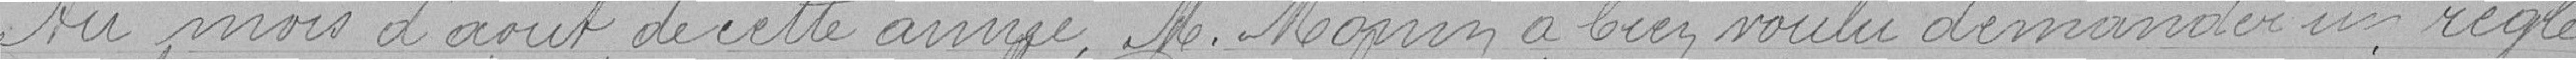
Au mois d'août de cette année, M. Mopin a bien voulu demander un régle=